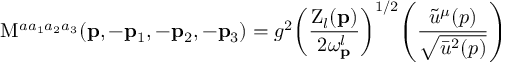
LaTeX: \mathrm { M } ^ { a a _ { 1 } a _ { 2 } a _ { 3 } } ( { \bf p } , - { \bf p } _ { 1 } , - { \bf p } _ { 2 } , - { \bf p } _ { 3 } ) = g ^ { 2 } \! \left( \frac { \mathrm { Z } _ { l } ( { \bf p } ) } { 2 \omega _ { \bf p } ^ { l } } \right) ^ { 1 / 2 } \! \Biggl ( \frac { \tilde { u } ^ { \mu } ( p ) } { \sqrt { \bar { u } ^ { 2 } ( p ) } } \Biggr )